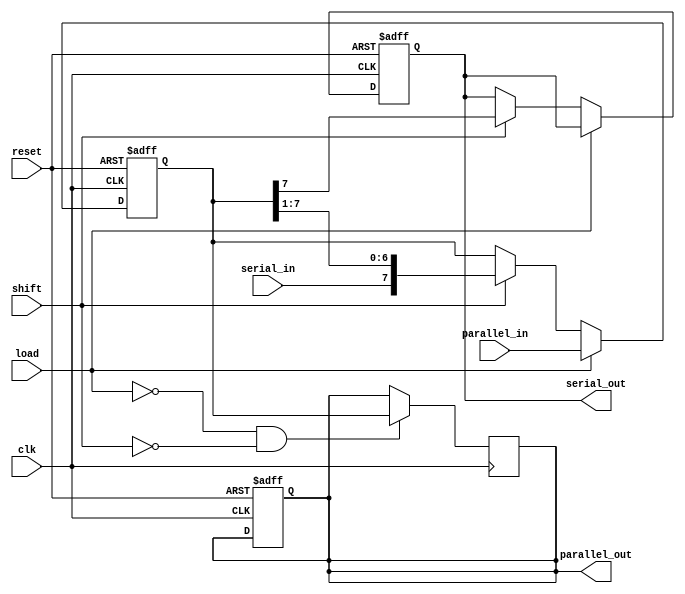
module shift_register #(
    parameter WIDTH = 8 // Width of the shift register
)(
    input wire clk,                // Clock signal
    input wire reset,              // Reset signal
    input wire load,               // Load enable signal
    input wire shift,              // Shift enable signal
    input wire serial_in,          // Serial input data
    input wire [WIDTH-1:0] parallel_in, // Parallel input data
    output reg serial_out,         // Serial output data
    output reg [WIDTH-1:0] parallel_out // Parallel output data
);

    reg [WIDTH-1:0] shift_reg; // Internal shift register storage

    // Sequential logic for shift register operation
    always @(posedge clk or posedge reset) begin
        if (reset) begin
            shift_reg <= {WIDTH{1'b0}}; // Initialize to zero on reset
            serial_out <= 1'b0;
            parallel_out <= {WIDTH{1'b0}};
        end else begin
            if (load) begin
                // Load parallel data into the shift register
                shift_reg <= parallel_in;
            end else if (shift) begin
                // Shift operation
                serial_out <= shift_reg[WIDTH-1]; // Output the last bit
                shift_reg <= {serial_in, shift_reg[WIDTH-1:1]}; // Shift left
            end
        end
    end

    // Parallel output logic
    always @(posedge clk) begin
        if (!load && !shift) begin
            parallel_out <= shift_reg; // Output the current state of the shift register
        end
    end

endmodule